Insane asylums in Bengal annual reports 1876-1887 - 1876-1887
Year: 1876
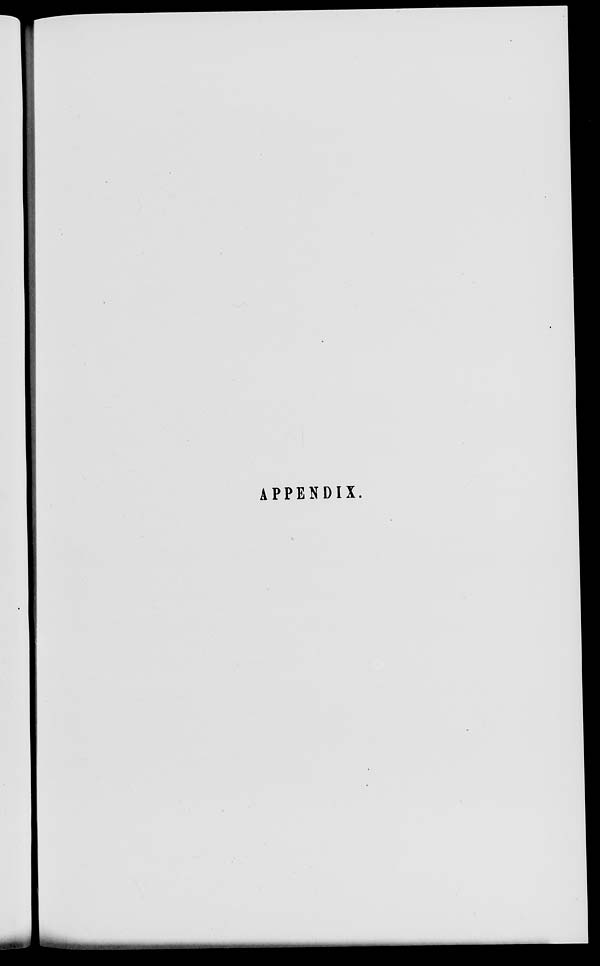
APPENDIX.